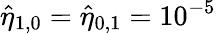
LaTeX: \hat{\eta}_{1,0}=\hat{\eta}_{0,1}=10^{-5}